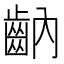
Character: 𪗝